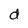
Character: d